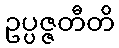
ဥပ္ပဇ္ဇတီတိ